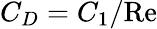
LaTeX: C_{D}=C_{1}/\mathrm{Re}